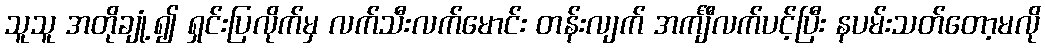
သူသူ အတိုချုံ့၍ ရှင်းပြလိုက်မှ လက်သီးလက်မောင်း တန်းလျက် အင်္ကျီလက်ပင့်ပြီး နပမ်းသတ်တော့မလို